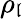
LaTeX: \rho_{\mathfrak{l}}